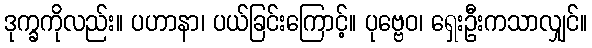
ဒုက္ခကိုလည်း။ ပဟာနာ၊ ပယ်ခြင်းကြောင့်။ ပုဗ္ဗေဝ၊ ရှေးဦးကသာလျှင်။